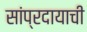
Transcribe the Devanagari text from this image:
सांप्रदायाची